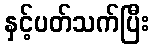
နှင့်ပတ်သက်ပြီး